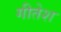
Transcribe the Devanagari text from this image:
गीतेश